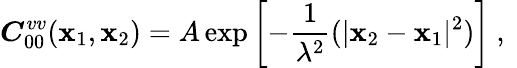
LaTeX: \boldsymbol{C}_{00}^{vv}(\boldsymbol{\mathbf{x}}_{1},\boldsymbol{\mathbf{x}}_{2})=A\exp\left[-\frac{{1}}{{\lambda^{2}}}(|\boldsymbol{\mathbf{x}}_{2}-\boldsymbol{\mathbf{x}}_{1}|^{2})\right]\mathrm{{~,~}}